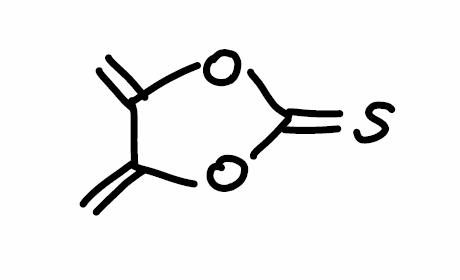
Simplified molecular-input line-entry system (SMILES) notation of the given molecule:
C=C1C(=C)OC(=S)O1